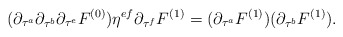
\begin{align*} (\partial_{\tau^a}\partial_{\tau^b}\partial_{\tau^e}F^{(0)})\eta^{ef}\partial_{\tau^f}F^{(1)}=(\partial_{\tau^a}F^{(1)})(\partial_{\tau^b}F^{(1)}).\end{align*}